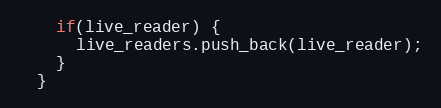
Language: C++
    if(live_reader) {
      live_readers.push_back(live_reader);
    }
  }